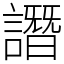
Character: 譖